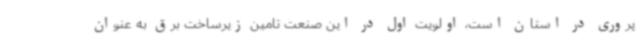
پروری در استان است، اولویت اول در این صنعت تامین زیرساخت برق به عنوان